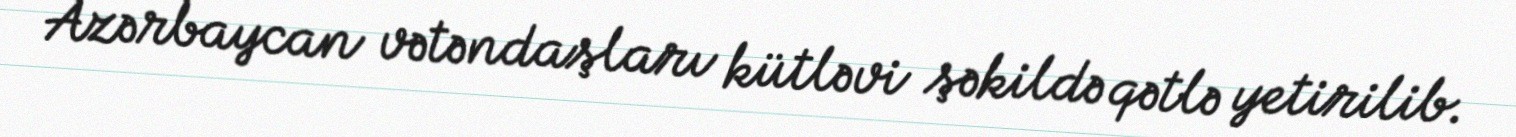
Azərbaycan vətəndaşları kütləvi şəkildə qətlə yetirilib.